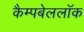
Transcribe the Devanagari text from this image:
कैम्पबेललॉक